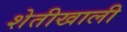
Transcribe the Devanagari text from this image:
शेतीखाली